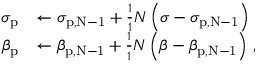
\begin{array} { r l } { \sigma _ { \mathrm { p } } } & { \leftarrow \sigma _ { \mathrm { { p , N - 1 } } } + \frac { 1 } { 1 } { N } \left( \sigma - \sigma _ { \mathrm { { p , N - 1 } } } \right) } \\ { \beta _ { \mathrm { p } } } & { \leftarrow \beta _ { \mathrm { { p , N - 1 } } } + \frac { 1 } { 1 } { N } \left( \beta - \beta _ { \mathrm { { p , N - 1 } } } \right) \, , } \end{array}